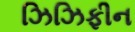
ઝિઝિફીન